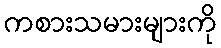
ကစားသမားများကို